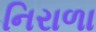
નિરાળા